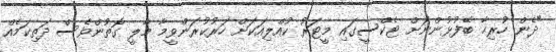
"ދެން ހުރިހާ ބޭފުޅުންނަށް ޓެކްސީގައި މީޓަރު ކުއްލިއަކަށް ހަރުކުރަންވީމާ މާލީ ގޮތުންވެސް ދަތިކަމެއް